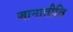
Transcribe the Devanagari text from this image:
जानातीति